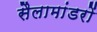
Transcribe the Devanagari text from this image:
सैलामांडरों